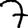
Digit: 7